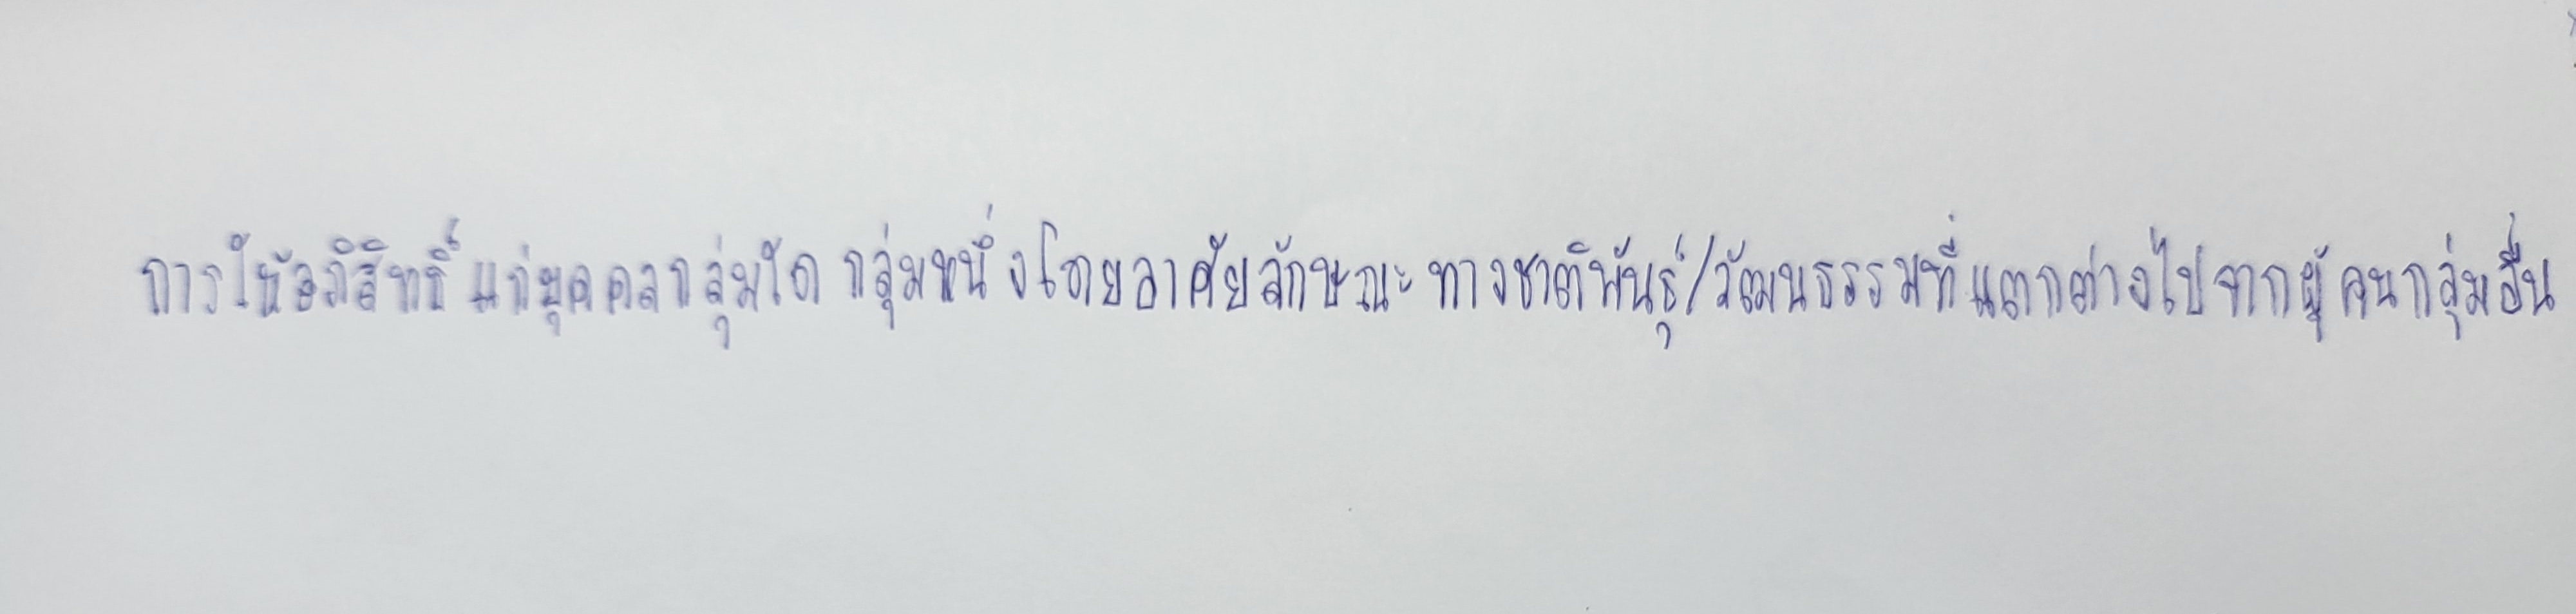
การให้อภิสิทธิ์แก่บุคคลกลุ่มใดกลุ่มหนึ่งโดยอาศัยลักษณะทางชาติพันธุ์/วัฒนธรรมที่แตกต่างไปจากผู้คนกลุ่มอื่น